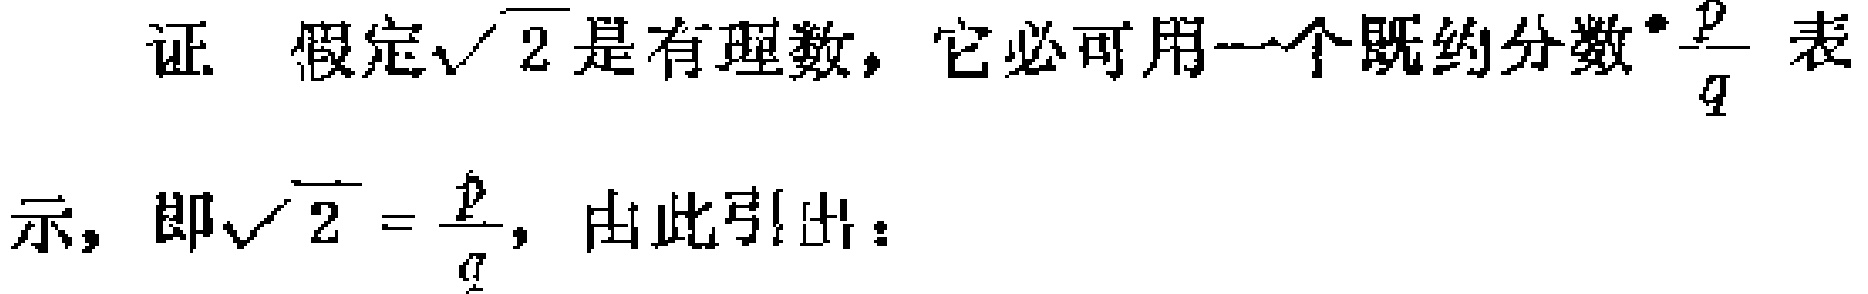
证. 假定$\sqrt{2}$是有理数，它必可用一个既约分数$\frac{p}{q}$表示，即$\sqrt{2}=\frac{p}{q}$，由此引出：